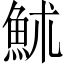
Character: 𩶄